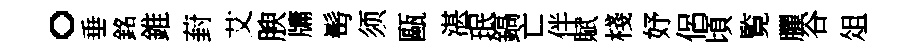
。垂銘錐葑艾腴牗髩须甌湛珉鎬亡伴賦棧妤侶頃覧臞谷俎